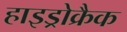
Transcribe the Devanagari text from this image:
हाइड्रोक्रैक